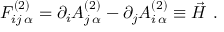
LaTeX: F _ { i j \, \alpha } ^ { ( 2 ) } = \partial _ { i } A _ { j \, \alpha } ^ { ( 2 ) } - \partial _ { j } A _ { i \, \alpha } ^ { ( 2 ) } \equiv \vec { H } \ .